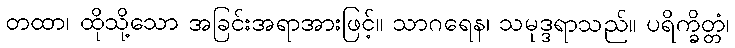
တထာ၊ ထိုသို့သော အခြင်းအရာအားဖြင့်။ သာဂရေန၊ သမုဒ္ဒရာသည်။ ပရိက္ခိတ္တံ၊